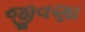
જીવણા